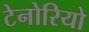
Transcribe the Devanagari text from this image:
टेनोरियो